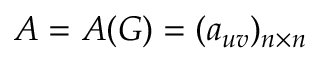
A = A ( G ) = ( a _ { u v } ) _ { n \times n }